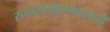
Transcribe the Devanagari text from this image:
समाससंकुलपदावली